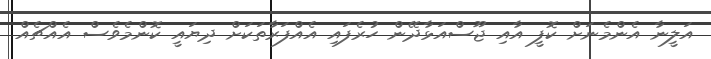
އަލީނާ އެންމެނަށް ކޮފީ އާއި ޖޫސްއަޅާދޭން ހުރެފައި އެއްފަރާތަކަށް ދިޔައީ ކޮންމެވެސް އެއްޗެއް